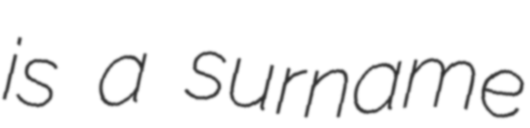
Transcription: is a surname